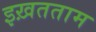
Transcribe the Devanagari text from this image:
इख़तताम